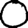
Digit: 0